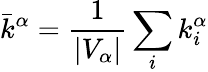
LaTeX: \bar{k}^{\alpha}=\frac{1}{|V_{\alpha}|}\sum_{i}{k_{i}^{\alpha}}